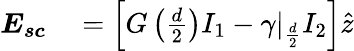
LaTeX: \begin{array}{rl}{\boldsymbol{E_{sc}}}&{{}=\left[G\left(\frac{d}{2}\right)I_{1}-\gamma|_{\frac{d}{2}}I_{2}\right]\hat{z}}\end{array}